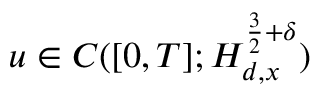
u \in C ( [ 0 , T ] ; H _ { d , x } ^ { \frac { 3 } { 2 } + \delta } )